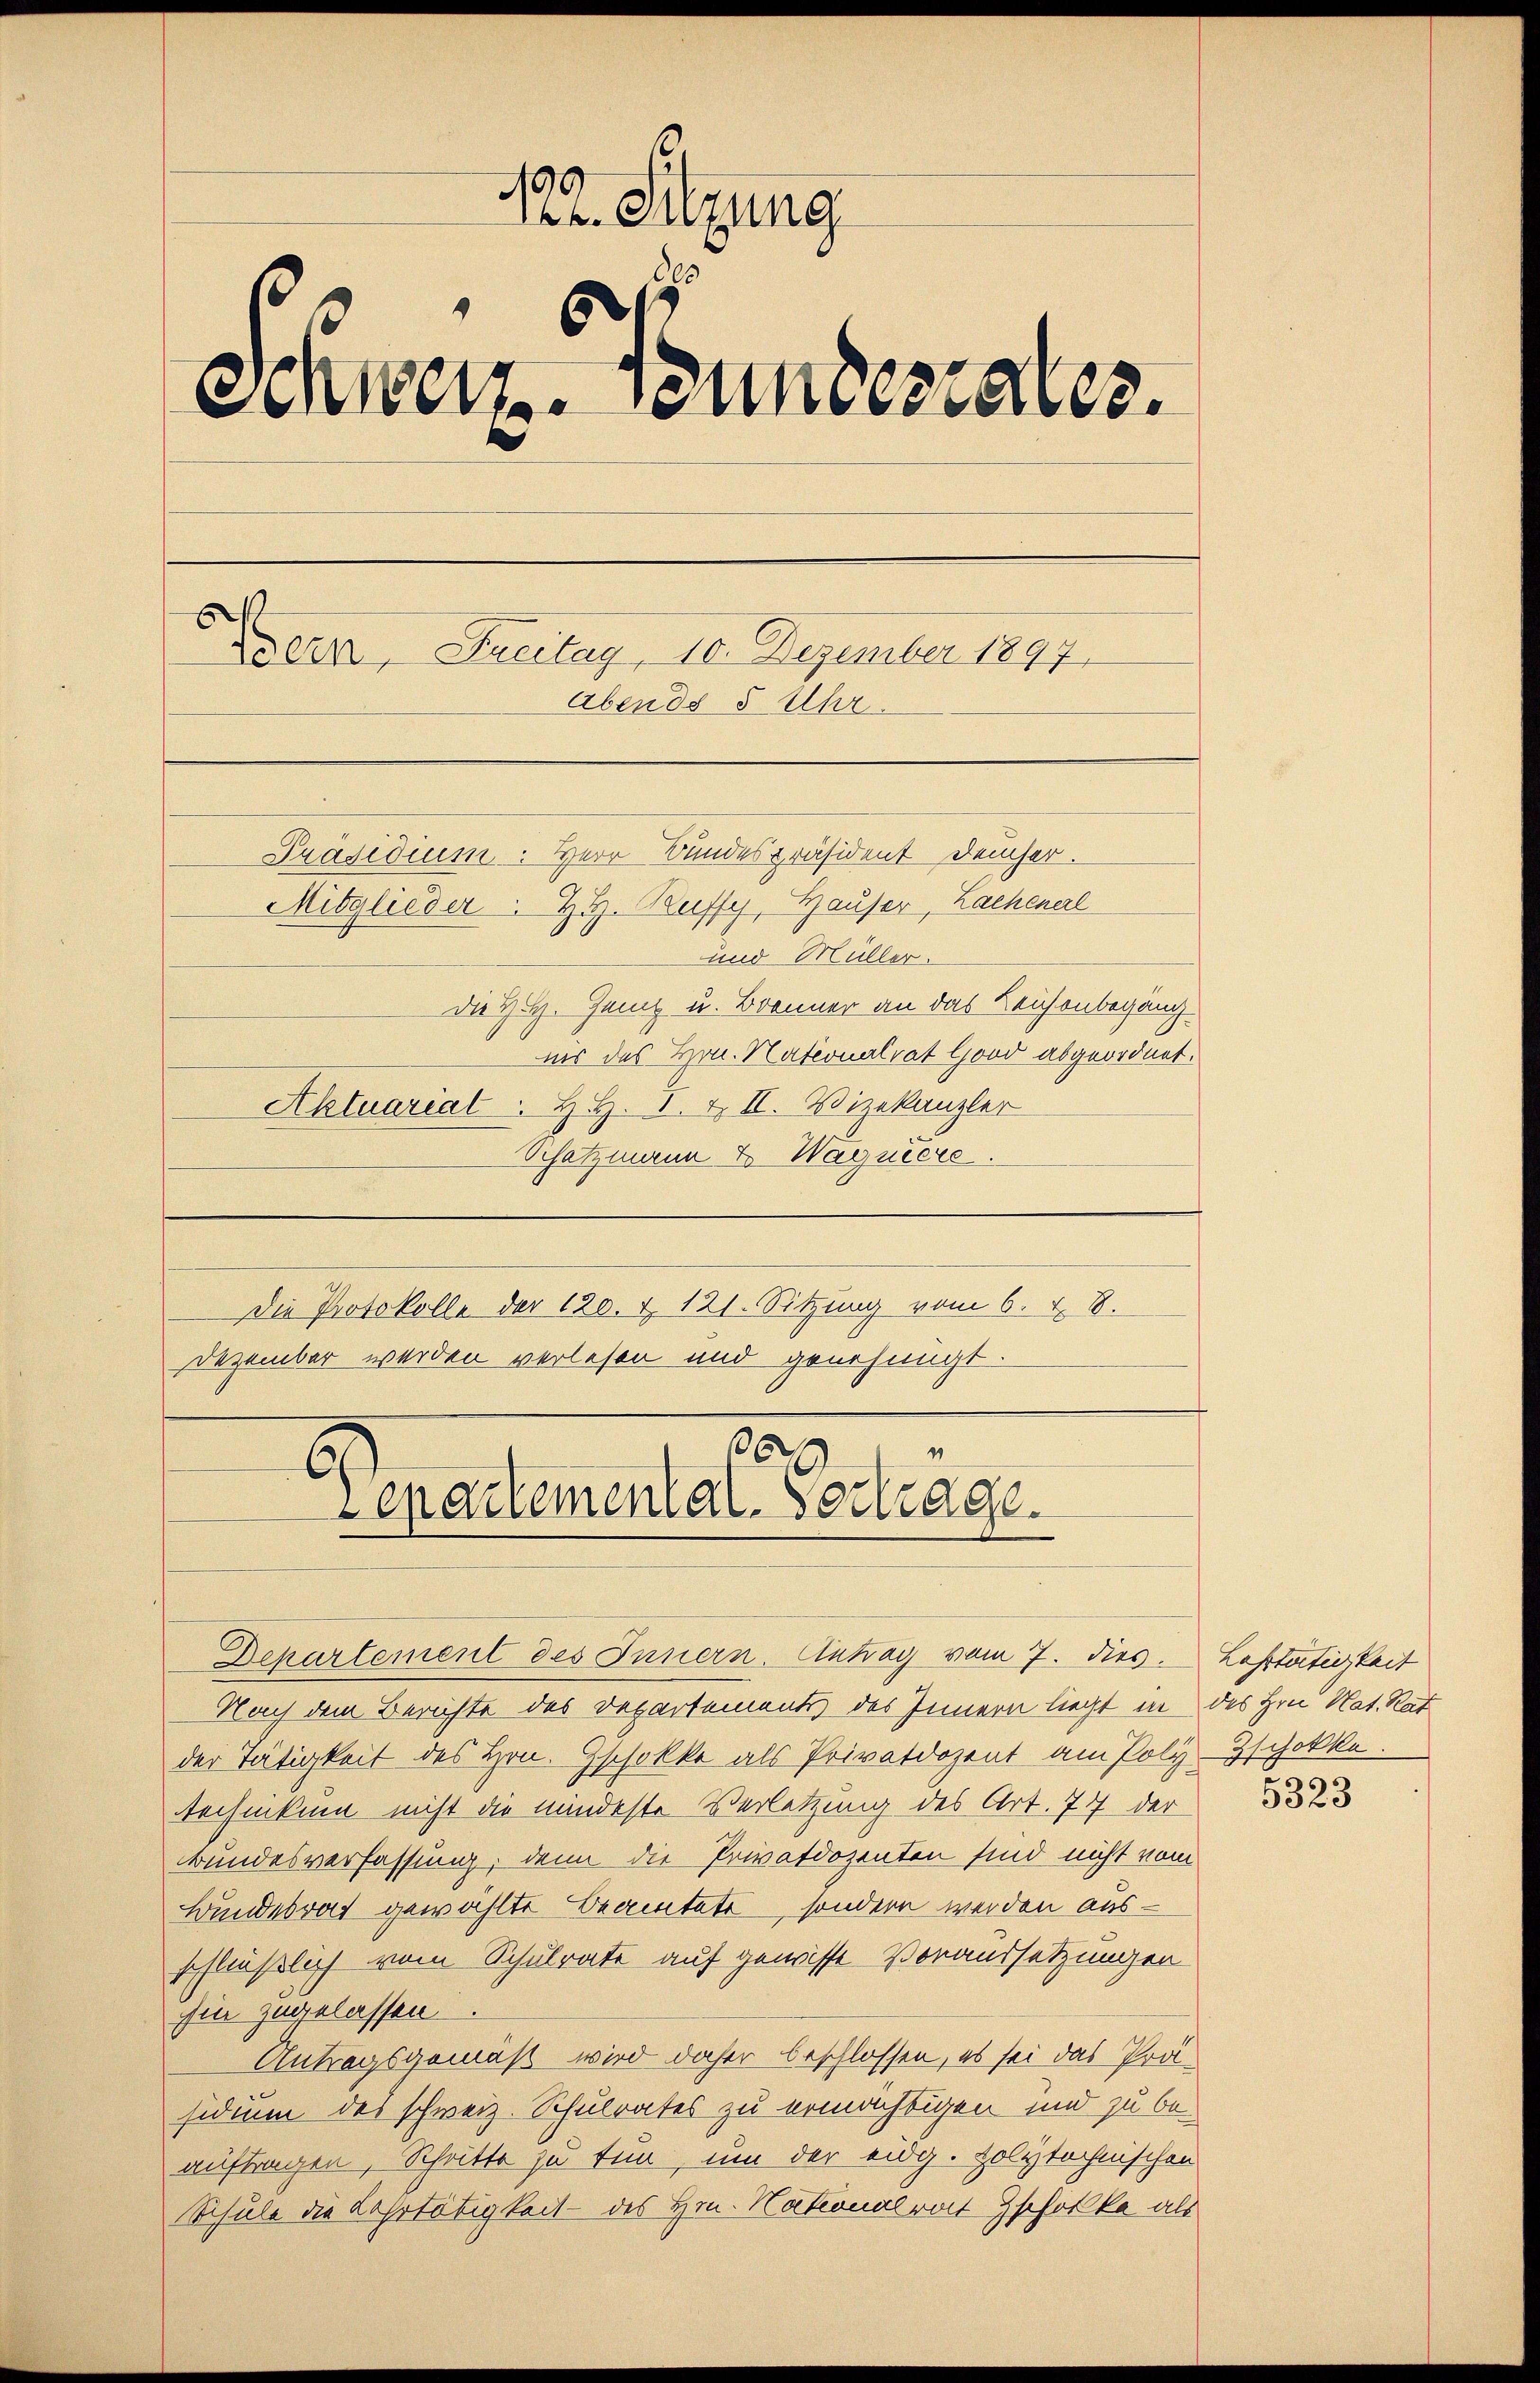
122. Sitzung
Schweiz. Bundescales.
uerer, Freitag, 10. Dezember 1897.
Abends 5 Uhr.
Präsidium: Herr Bundespräsident Deucher.
Mitglieder. H. H. Ruffy, Hauser, Lachenerl
und Müller.
Die H.H. Genz u. Brenner an das Leichenbegäng
nir des Hrn. Nationalrat Good abgeordnet.
Aktuarial . H. H. V. & II. Vizekanzler
Schatzmann & Wagniere

129
Cepartemental. Vortrage
Departement des Innern. Antrag vom 7. dies. Lastätigkeit

Nach dem Berichte des Departements des Innern liegt in des Hrn. Nat. Rat
der Tätigkeit des Hrn. Gschokke als Privatdozent am Poly-Zschokke
technikum nicht die mindeste Verletzung des Art. 77 der
Bundesverfassung, denn die Privatdozenten sind nicht vom
Bundesrat gewählte Beamtete, sondern werden aus-
schließlich vom Schulrate auf gewisse Voraussetzungen
hin zugelassen.
Antragsgemäß wird daher beschlossen, es sei das Präsidium des schweiz. Schulrates zu ermächtigen und zu beauftragen, Schritte zu tun, um der eidg. Polytechnischen
Schule die Lehrtätigkeit - des Hrn. Nationalrat Zschokke als

dDie Protokolle der 120. Z. 121. Sitzung vom 6. d. 8.
Dezember werden verlesen und genehmigt.

5323